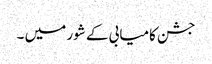
جشن کامیابی کے شور میں ۔